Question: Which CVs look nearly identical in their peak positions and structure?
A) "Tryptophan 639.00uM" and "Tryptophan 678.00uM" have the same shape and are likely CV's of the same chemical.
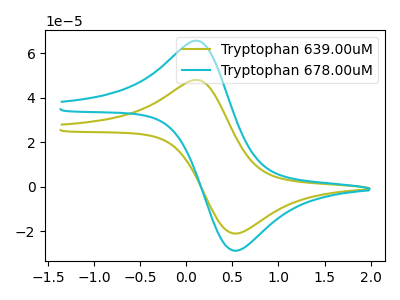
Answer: <think>The olive curve "Tryptophan 639.00uM" has an anodic peak at (0.15V, 47.90uA) and a cathodic peak at (0.50V, -21.05uA). The cyan curve "Tryptophan 678.00uM" has an anodic peak at (0.15V, 65.50uA) and a cathodic peak at (0.50V, -28.75uA).
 All the peaks in "Tryptophan 639.00uM" have a peak in "Tryptophan 678.00uM" at the same potential. Every peak in "Tryptophan 639.00uM" is lower than every peak in "Tryptophan 678.00uM".</think>
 <answer>A) "Tryptophan 639.00uM" and "Tryptophan 678.00uM" have the same shape and are likely CV's of the same chemical.</answer>
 <eval>A</eval>